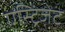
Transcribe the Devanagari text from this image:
एस्ट्रिंजेट